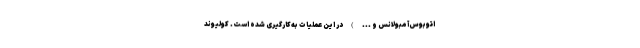
اتوبوس‌آمبولانس و ... ) در این عملیات به‌کارگیری شده است. کولیوند